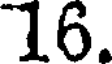
16.